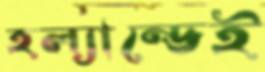
হল্যান্ডেই